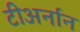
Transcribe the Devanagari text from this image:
टीअर्नान